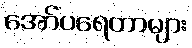
အော်ပရေတာများ